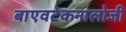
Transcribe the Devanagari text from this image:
बाएवटेकनालोजी